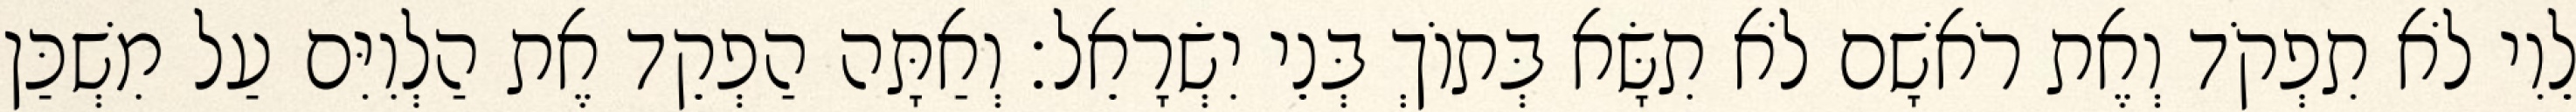
לֵוִי לֹא תִפְקֹד וְאֶת רֹאשָׁם לֹא תִשָּׂא בְּתוֹךְ בְּנֵי יִשְׂרָאֵל׃ וְאַתָּה הַפְקֵד אֶת הַלְוִיִּם עַל מִשְׁכַּן